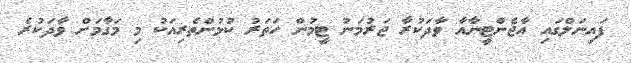
ފައިނަލްގައި އާޖެންޓީނާއާ ވާދަކުރާ ޖަރުމަނު ޓީމުން ހަތަރު ކުޅުންތެރިއަކު މި މަގާމަށް ވާދަކުރެ